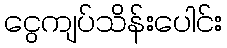
ငွေကျပ်သိန်းပေါင်း